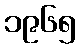
၁၉၆၅